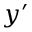
y ^ { \prime }